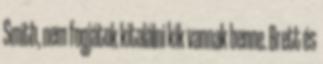
Smith, nem fogjátok kitalálni kik vannak benne. Brett és